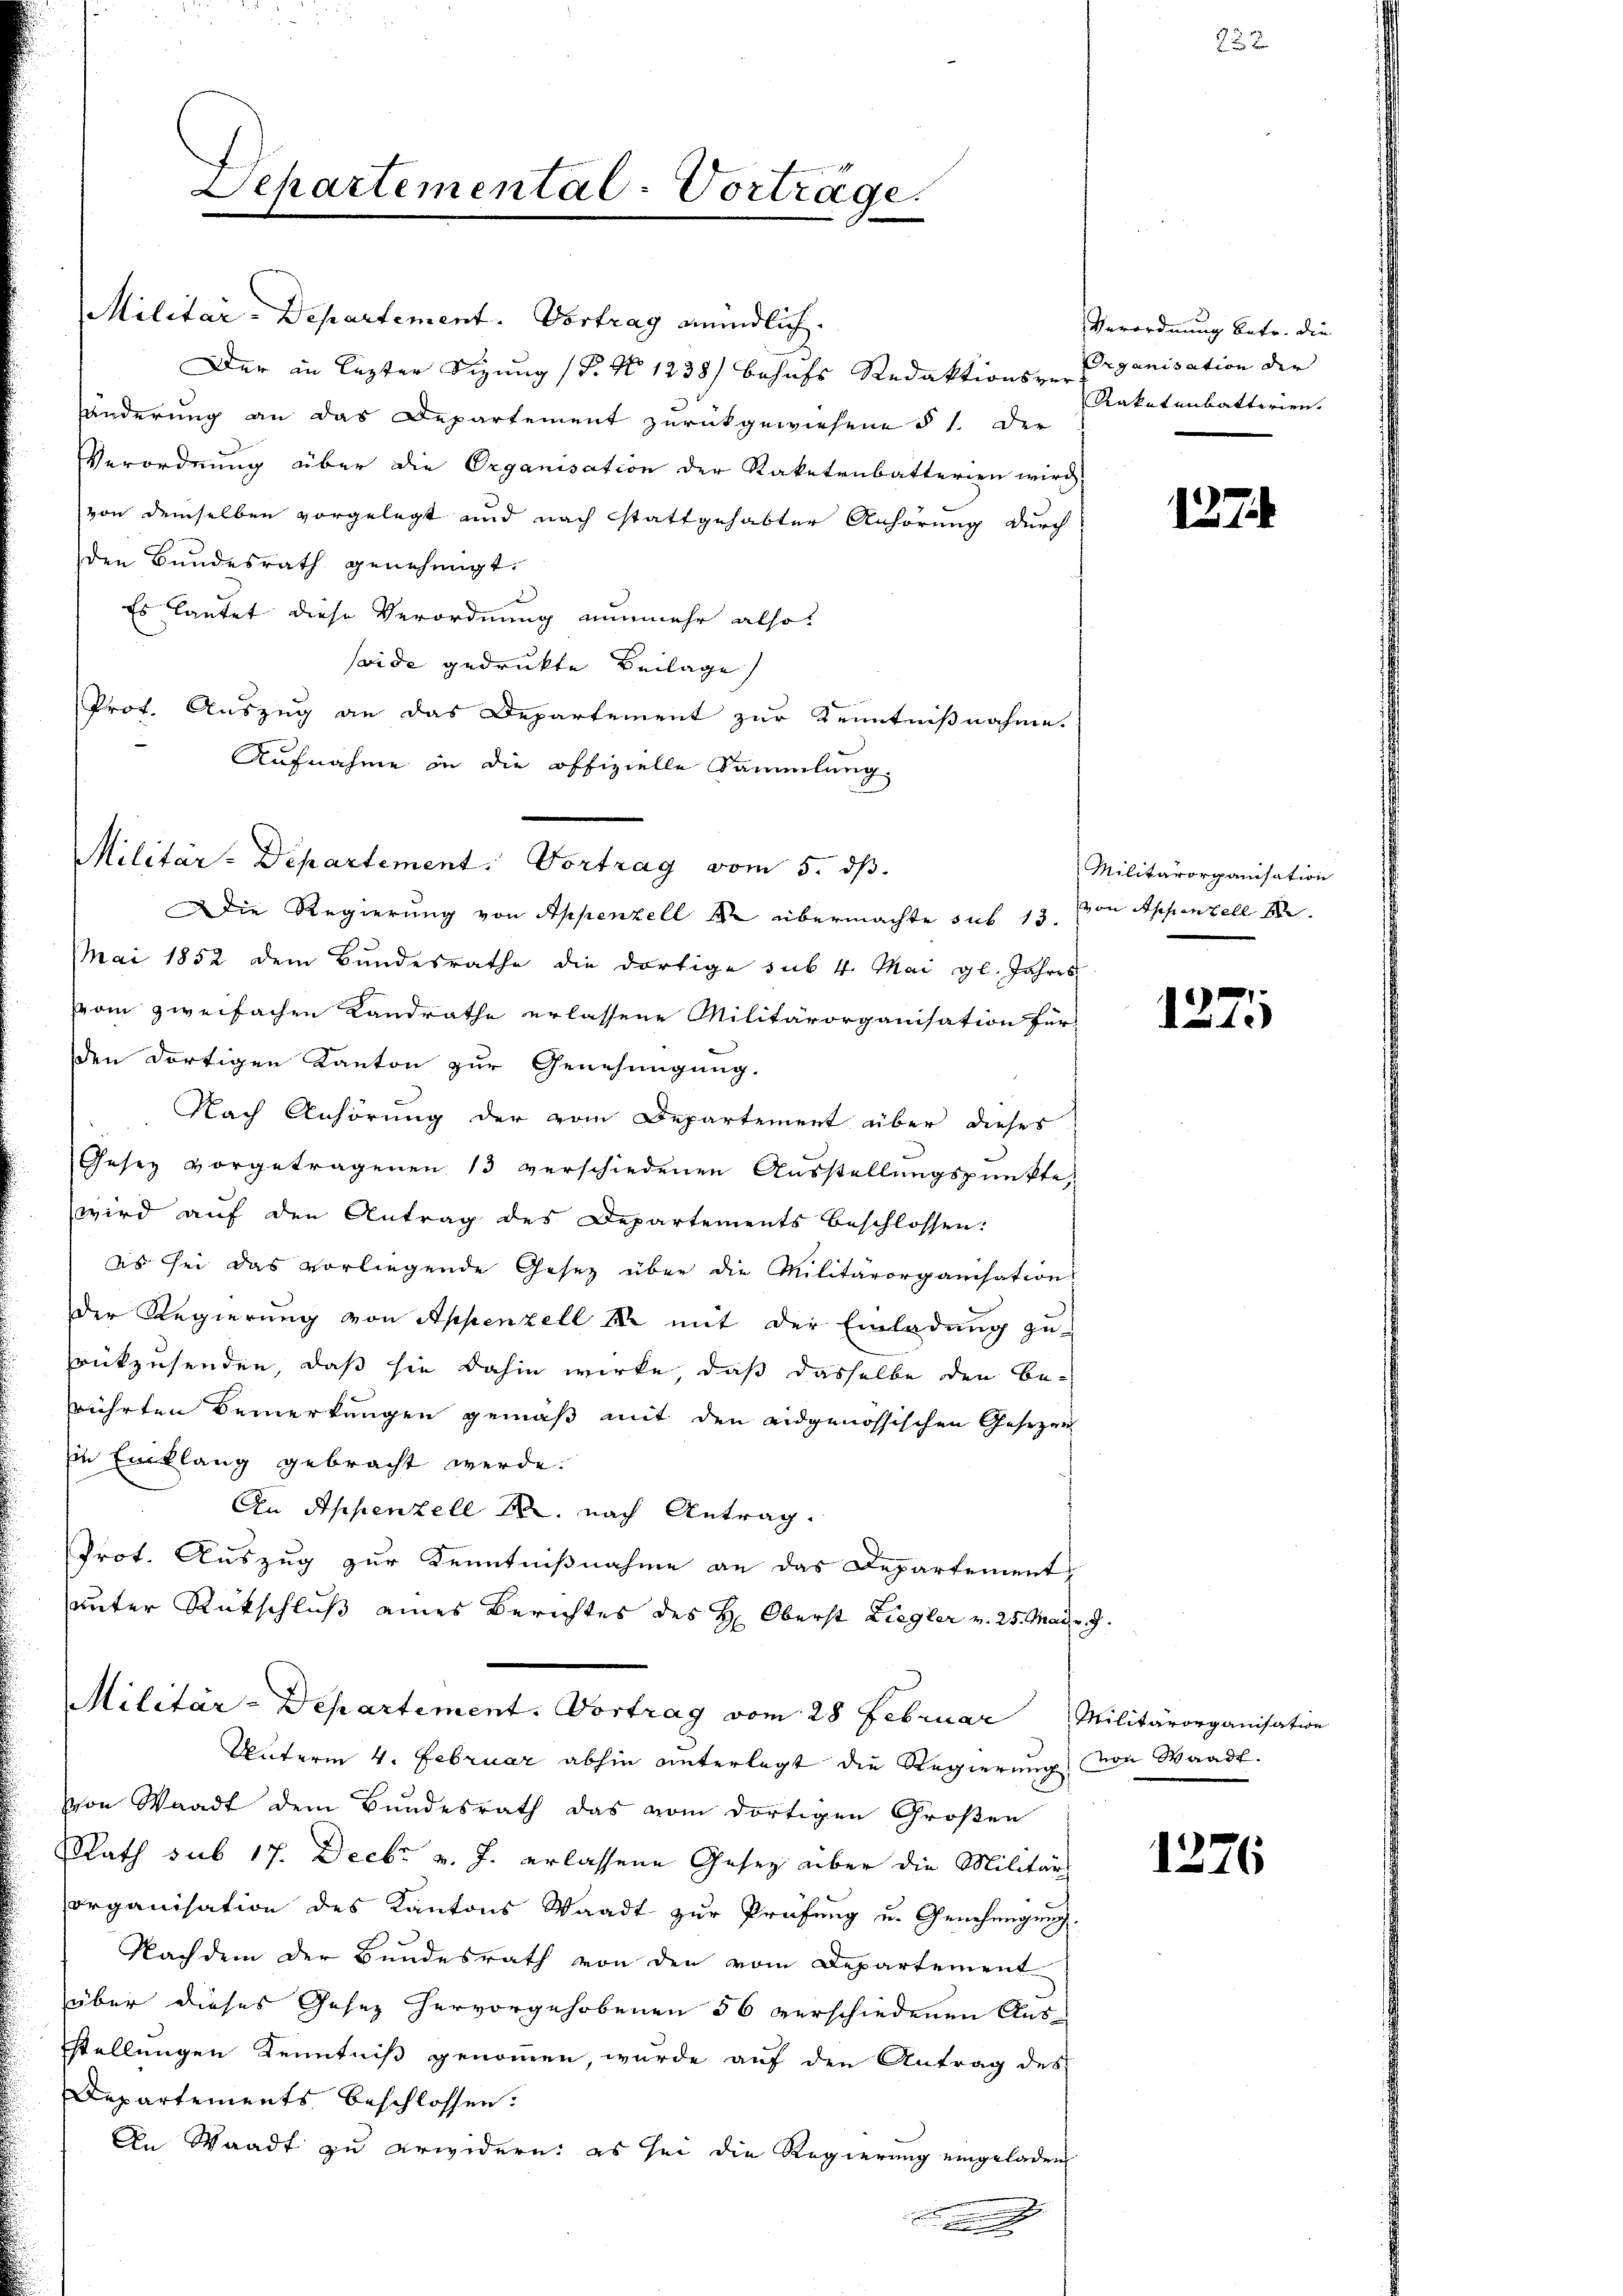
Militar-Departement. Vortrag mündlich.
Der in lezter Sizung (T. No 1238) behufs Redaktions-Erganisation der
fänderung an das Departement zurückgewiesene § 1. Der
Verordnung über die Organisation der Kaketenbatterien wird
von demselben vorgelegt und nach stattgehabter Anhörung durch
den Bundesrath genehmigt.
Es lautet diese Verordnung nunmehr also
seide gedrukte Beilage
Prof. Auszug an das Departement zur Kenntnißnahme.
Aufnahme in die offizielle Sammlung.
Die Regierung von Appenzell 1 übermachte sub 13. von Appenzell A.
Mai 1852 dem Bundesrathe die dortige sub 4. Mai gl. Jahres
om zweifachen Landrathe erlassene Militärorganisation für
den dortigen Kanton zur Genehmigung.
Nach Anhörung der vom Departement über dieses
Gesez vorgetragenen 13 verschiedenen Ausstellungspunkte,
wird auf den Antrag des Departements beschlossen:
es sei das vorliegende Gesetz über die Militärorganisation
dDer Regierung von Appenzell I. mit der Einladung zu
rükzusenden, daß sie dahin wirke, daß dasselbe den Berührten Bemerkungen gemäß mit den eidgenössischen Gesezen
Ein Einklang gebracht werde.
An Appenzell A. nach Antrag.
Prot. Auszug zur Kenntnißnahme an das Departements
unter Rückschluß eines Berichtes des H. Oberst Ziegler v. 25. Mai 7.
Militär-Departement. Vortrag vom 28 Februar Militärorganisation
Unterm 4. Februar abhin unterlegt die Regierung von Waadt.
von Waadt dem Bundesrath das vom dortigen Großen
Rath sub 17. Decbr v. J. erlassene Gesez über die Militärs
Organisation des Kantons Waadt zur Prüfung u. Genehmigung.
Nachdem der Bundesrath von den vom Departement
über dieses Gesez hervorgehobenen 56 verschiedenen Ausstellungen Kenntniß genommen, wurde auf den Antrag des
Departements beschlossen:
An Waadt zu erwidern: es sei die Regierung eingeladen

Departemental-Vorträge.

Militär-Departement. Vortrag vom 5. ds.

Verordnung betr. die
Rakatenbatterien.

222

127

Militärorganisation

127.

1276